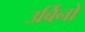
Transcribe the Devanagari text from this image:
उर्बिनो